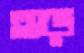
হুড়